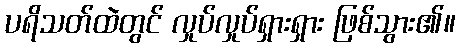
ပရိသတ်ထဲတွင် လှုပ်လှုပ်ရှားရှား ဖြစ်သွား၏။